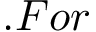
. F o r